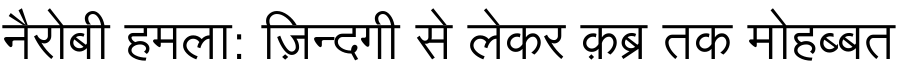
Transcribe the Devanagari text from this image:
नैरोबी हमला: ज़िन्दगी से लेकर क़ब्र तक मोहब्बत